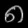
Digit: ၈